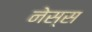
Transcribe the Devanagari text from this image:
नेस्स